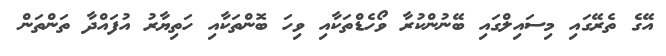
އޭގެ ތެރޭގައި މިސައިލްގައި ބޭނުންކުރާ ވޯހެޑްތަކާއި ވިހަ ބޮންތަކާއި ހަތިޔާރު އުފައްދާ ތަންތަން